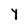
Character: Y